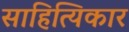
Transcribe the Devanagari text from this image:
साहित्यिकार